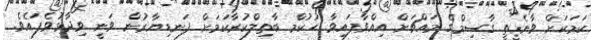
ކަމަކަށް ވާނެތީ ގާސިމްގެ މައްޗަށް އިއްވާފައިވާ ހުކުމް ބާތިލްކުރާކަމަށް ފަނޑިޔާރުން ވަނީ ވިދާޅުވެފައެވެ.